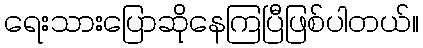
ရေးသားပြောဆိုနေကြပြီဖြစ်ပါတယ်။